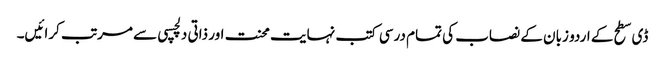
ڈی سطح کے اردو زبان کے نصاب کی تمام درسی کتب نہایت محنت اور ذاتی دلچسپی سے مرتب کرائیں۔